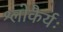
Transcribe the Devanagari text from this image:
श्लोकैर्यः